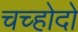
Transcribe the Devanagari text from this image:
चच्होदो